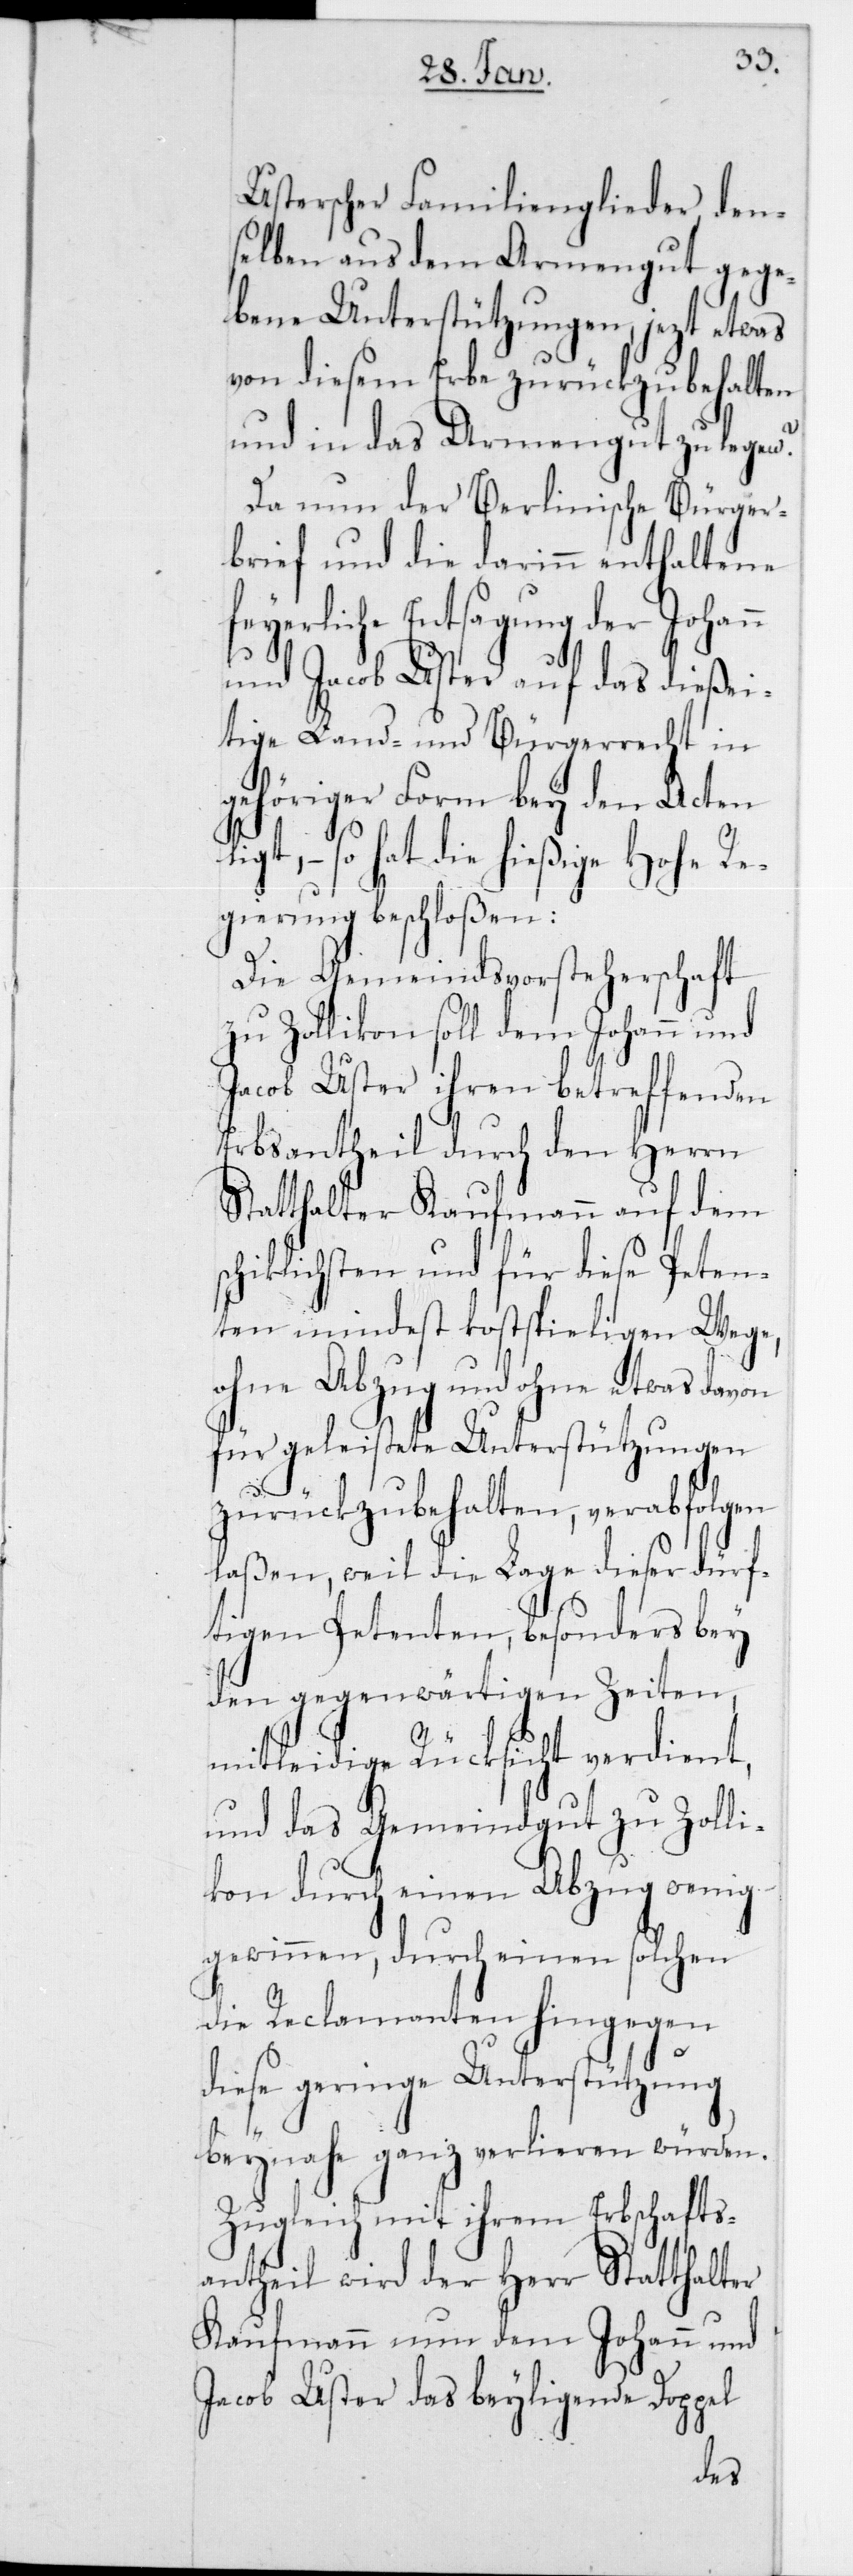
Usterscher Familienglieder den¬
selben aus dem Armengut gege¬
bene Unterstützungen, jetzt etwas
von diesem Erbe zurückzubehalten
und in das Armengut zu legen?
Da nun der Berlinische Bürger¬
brief und die darin enthaltene
feyerliche Entsagung der Johann
und Jacob Uster auf das
i¬
tige Land- und Bürgerrecht in
gehöriger Form bey den Acten
egt, – so hat die hießige Hohe Re¬
gierung beschloßen:
Die Gemeindsvorsteherschaft
zu Zollikon soll dem Johann und
Jacob Uster ihren beteffenden
Erbsantheil durch den Herrn
Statthalter Kaufmann auf dem
cklichsten und für diese Peten¬
ten mindest kostspieligen Wege,
ohne Abzug und ohne etwas davon
für geleistete Unterstützungen
zurückzubehalten, verabfolgen
laßen, weil die Lage dieser dürf¬
tigen Petenten, besonders bey
den gegenwärtigen Zeiten,
mitleidige Rücksicht verdient,
und das Gemeindgut zu Zolli¬
kon durch einen Abzug wenig
gewinnen, durch einen solchen
die Reclamanten hingegen
diese geringe Unterstützung
beynahe ganz verlieren würden.
Zugleich mit ihrem Erbschafts¬
antheil wird der Herr Statthalter
Kaufmann nun dem Johann und
Doppel
Jacob Uster das beylieg¬